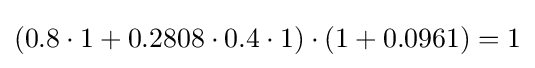
(0.8\cdot 1+0.2808\cdot 0.4\cdot 1)\cdot (1+0.0961)=1